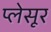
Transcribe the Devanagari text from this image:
प्लेसूर